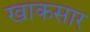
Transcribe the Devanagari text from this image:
खाकसार